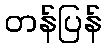
တန်ပြန်